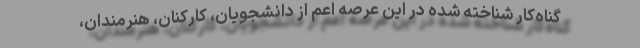
گناه‌کار شناخته شده در این عرصه اعم از دانشجویان، کارکنان، هنرمندان،